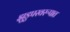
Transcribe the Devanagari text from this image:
झुडुपस्वरूपात